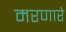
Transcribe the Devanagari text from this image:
मरणारे